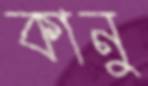
কানু